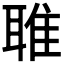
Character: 𬚟